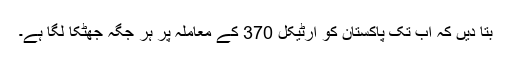
بتا دیں کہ اب تک پاکستان کو آرٹیکل 370 کے معاملہ پر ہر جگہ جھٹکا لگا ہے۔